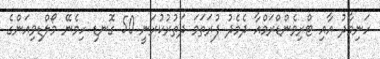
ހަނިމާދު އާއި ޓްރިވެންޑްރަމްއާ ދެމެދު ފުރަތަމަ ދަތުރުކުރަނީ 50 ގޮނޑި ހިމެނޭ މޯލްޑިވިއަންގެ